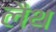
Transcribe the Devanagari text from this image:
लैथ